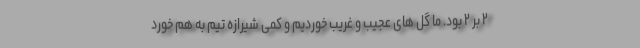
۲ بر ۲ بود. ما گل های عجیب و غریب خوردیم و کمی شیرازه تیم به هم خورد